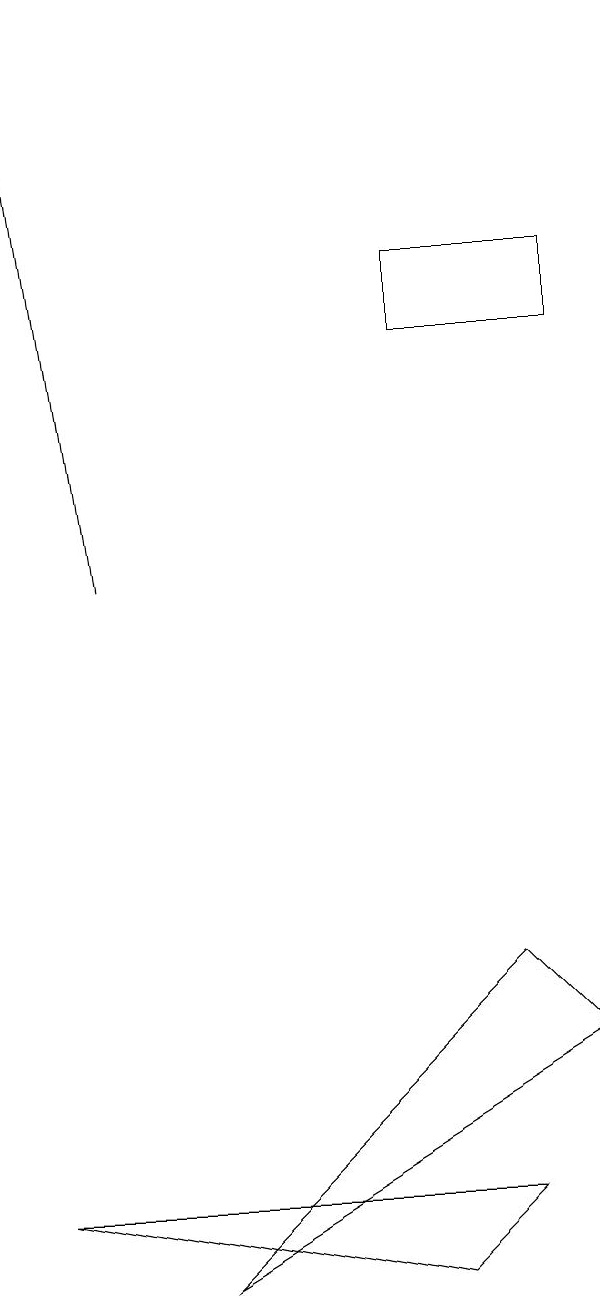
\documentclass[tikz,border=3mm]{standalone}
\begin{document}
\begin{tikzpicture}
\draw (7,7) -- (8,6) -- (3,3) -- cycle;
\draw (6,3) -- (1,4) -- (7,4) -- cycle;
\draw (6,15) rectangle (8,16);
\draw[->] (2,12) -- (1,19);
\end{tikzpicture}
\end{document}